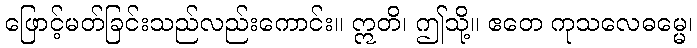
ဖြောင့်မတ်ခြင်းသည်လည်းကောင်း။ ဣတိ၊ ဤသို့။ ဧတေ ကုသလေဓမ္မေ၊